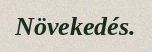
Növekedés.